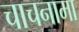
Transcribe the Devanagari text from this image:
चाचनामा